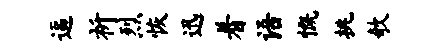
逼祈烈恢迅着语慨挑欹